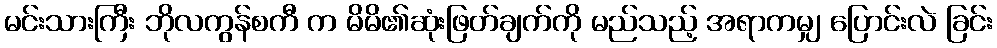
မင်းသားကြီး ဘိုလကွန်စကီ က မိမိ၏ဆုံးဖြတ်ချက်ကို မည်သည့် အရာကမျှ ပြောင်းလဲ ခြင်း